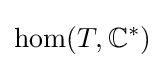
\hom(T,\mathbb {C} ^{*})